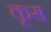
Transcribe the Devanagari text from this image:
कृस